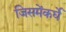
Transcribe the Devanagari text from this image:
जिसमेंकर्घे